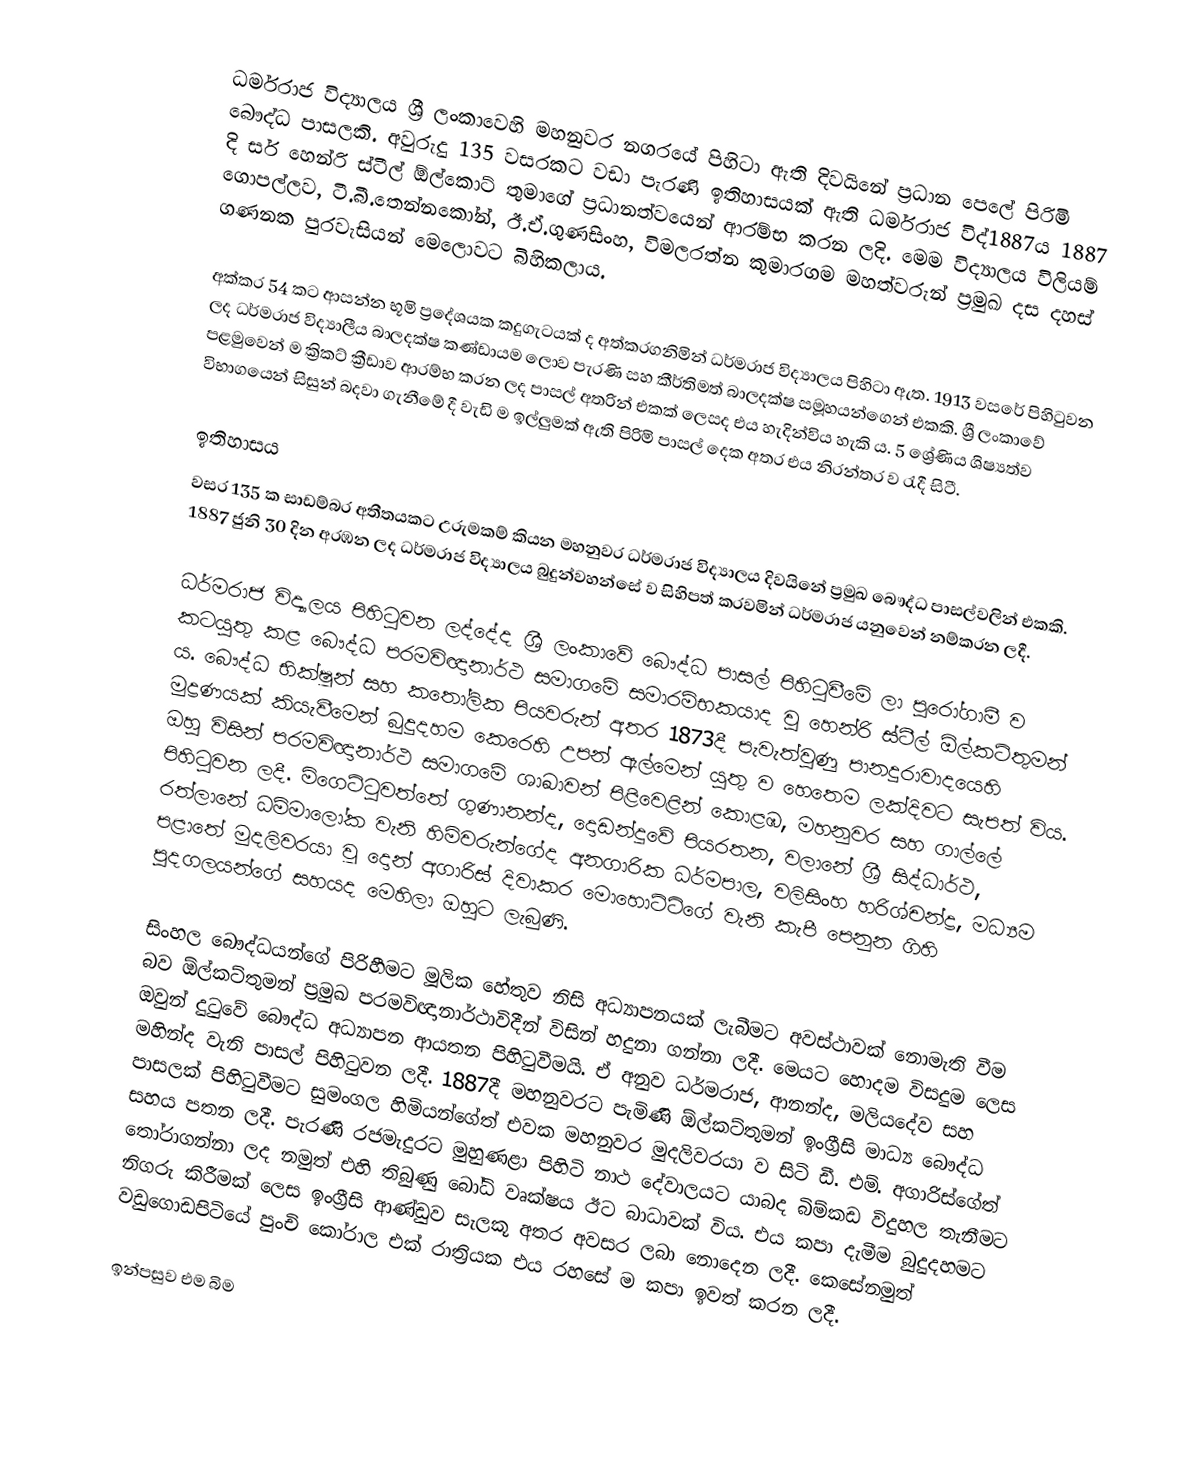
ධර්මරාජ විද්‍යාලය ශ්‍රී ලංකාවෙහි මහනුවර නගරයේ පිහිටා ඇති දිවයිනේ ප්‍රධාන පෙලේ පිරිමි බෞද්ධ පාසලකි. අවුරුදු 135 වසරකට වඩා පැරණි ඉතිහාසයක් ඇති ධර්මරාජ විද්1887ය 1887 දි සර් හෙන්රි ස්ටීල් ඕල්කොට් තුමාගේ ප්‍රධානත්වයෙන් ආරම්භ කරන ලදි. මෙම විද්‍යාලය විලියම් ගොපල්ලව, ටී.බී.තෙන්නකෝන්, ඊ.ඒ.ගුණසිංහ, විමලරත්න කුමාරගම මහත්වරුන් ප්‍රමුඛ දස දහස් ගණනක පුරවැසියන් මෙලොවට බිහිකලාය.

අක්කර 54 කට ආසන්න භූමි ප්‍රදේශයක කදුගැටයක් ද අත්කරගනිමින් ධර්මරාජ විද්‍යාලය පිහිටා ඇත. 1913 වසරේ පිහිටුවන ලද ධර්මරාජ විද්‍යාලීය බාලදක්ෂ කණ්ඩායම ලොව පැරණි සහ කීර්තිමත් බාලදක්ෂ සමූහයන්ගෙන් එකකි. ශ්‍රී ලංකාවේ පළමුවෙන් ම ක්‍රිකට් ක්‍රීඩාව ආරම්භ කරන ලද පාසල් අතරින් එකක් ලෙසද එය හැදින්විය හැකි ය. 5 ශ්‍රේණිය ශිෂ්‍යත්ව විභාගයෙන් සිසුන් බදවා ගැනීමේ දී වැඩි ම ඉල්ලුමක් ඇති පිරිමි  පාසල් දෙක අතර එය නිරන්තර ව රැදී සිටී.

ඉතිහාසය
වසර 135 ක සාඩම්බර අතීතයකට උරුමකම් කියන මහනුවර ධර්මරාජ විද්‍යාලය දිවයිනේ ප්‍රමුඛ බෞද්ධ පාසල්වලින් එකකි. 1887 ජුනි 30 දින අරඹන ලද ධර්මරාජ විද්‍යාලය බුදුන්වහන්සේ ව සිහිපත් කරවමින් ධර්මරාජ යනුවෙන් නම්කරන ලදී.

ධර්මරාජ විද්‍යාලය පිහිටුවන ලද්දේද ශ්‍රී ලංකාවේ බෞද්ධ පාසල් පිහිටුවීමේ ලා පුරෝගාමී ව කටයුතු කළ බෞද්ධ පරමවිඥානාර්ථ සමාගමේ සමාරම්භකයාද වු හෙන්රි ස්ටීල් ඕල්කට්තුමන් ය. බෞද්ධ භික්ෂූන් සහ කතෝලික පියවරුන් අතර 1873දී පැවැත්වුණු පානදුරාවාදයෙහි මුද්‍රණයක් කියැවීමෙන් බුදුදහම කෙරෙහි උපන් ඇල්මෙන් යුතු ව හෙතෙම ලක්දිවට සැපත් විය. ඔහු විසින් පරමවිඥානාර්ථ සමාගමේ ශාඛාවන් පිළිවෙළින් කොළඹ, මහනුවර සහ ගාල්ලේ පිහිටුවන ලදී. මිගෙට්ටුවත්තේ ගුණානන්ද, දොඩන්දූවේ පියරතන, වලානේ ශ්‍රී සිද්ධාර්ථ, රත්ලානේ ධම්මාලෝක වැනි හිමිවරුන්ගේද අනගාරික ධර්මපාල, වලිසිංහ හරිශ්චන්ද්‍ර, මධ්‍යම පළාතේ මුදලිවරයා වූ දොන් අගාරිස් දිවාකර මොහොට්ටිගේ වැනි කැපී පෙනුන ගිහි පුදගලයන්ගේ සහයද මෙහිලා ඔහුට ලැබුණි.

සිංහල බෞද්ධයන්ගේ පිරිහීමට මූලික හේතුව නිසි අධ්‍යාපනයක් ලැබීමට අවස්ථාවක් නොමැති වීම බව ඕල්කට්තුමන් ප්‍රමුඛ පරමවිඥානාර්ථාවිදීන් විසින් හදුනා ගන්නා ලදී. මෙයට හොදම විසදුම ලෙස ඔවුන් දුටුවේ බෞද්ධ අධ්‍යාපන ආයතන පිහිටුවීමයි. ඒ අනුව ධර්මරාජ, ආනන්ද, මලියදේව සහ මහින්ද වැනි පාසල් පිහිටුවන ලදී. 1887දී මහනුවරට පැමිණි ඕල්කට්තුමන් ඉංග්‍රීසි මාධ්‍ය බෞද්ධ පාසලක් පිහිටුවීමට සුමංගල හිමියන්ගේත් එවක මහනුවර මුදලිවරයා ව සිටි ඩී. එම්. අගාරිස්ගේත් සහය පතන ලදී. පැරණි රජමැදුරට මුහුණළා පිහිටි නාථ දේවාලයට යාබද බිම්කඩ විදුහල තැනීමට තෝරාගන්නා ලද නමුත් එහි තිබුණු බෝධි වෘක්ෂය ඊට බාධාවක් විය. එය කපා දැමීම බුදුදහමට නිගරු කිරීමක් ලෙස ඉංග්‍රීසි ආණ්ඩුව සැලකූ අතර අවසර ලබා නොදෙන ලදී. කෙසේනමුත් වඩුගොඩපිටියේ පුංචි කෝරාල එක් රාත්‍රියක එය රහසේ ම කපා ඉවත් කරන ලදී.

ඉන්පසුව එම බිම